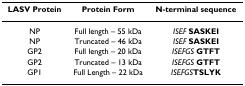
<table><thead><tr><td><b>LASV Protein</b></td><td><b>Protein Form</b></td><td><b>N-terminal sequence</b></td></tr></thead><tbody><tr><td>NP</td><td>Full length – 55 kDa</td><td><i>ISEF </i><b>SASKEI</b></td></tr><tr><td>NP</td><td>Truncated – 46 kDa</td><td><i>ISEF </i><b>SASKEI</b></td></tr><tr><td>GP2</td><td>Full length – 20 kDa</td><td><i>ISEFGS </i><b>GTFT</b></td></tr><tr><td>GP2</td><td>Truncated – 13 kDa</td><td><i>ISEFGS </i><b>GTFT</b></td></tr><tr><td>GP1</td><td>Full Length – 22 kDa</td><td><i>ISEFGS</i><b>TSLYK</b></td></tr></tbody></table>